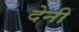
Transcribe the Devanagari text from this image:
देनीं